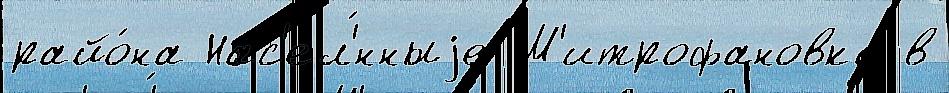
райо́на Нас'ел'́нныjе М'итрофановка в